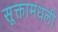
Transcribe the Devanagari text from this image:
सूक्तामधली